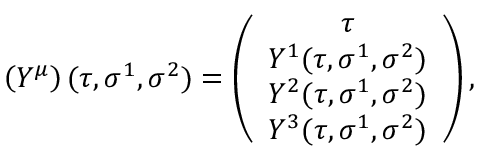
\left( Y ^ { \mu } \right) ( \tau , \sigma ^ { 1 } , \sigma ^ { 2 } ) = \left( \begin{array} { c } { { \tau } } \\ { { Y ^ { 1 } ( \tau , \sigma ^ { 1 } , \sigma ^ { 2 } ) } } \\ { { Y ^ { 2 } ( \tau , \sigma ^ { 1 } , \sigma ^ { 2 } ) } } \\ { { Y ^ { 3 } ( \tau , \sigma ^ { 1 } , \sigma ^ { 2 } ) } } \end{array} \right) ,